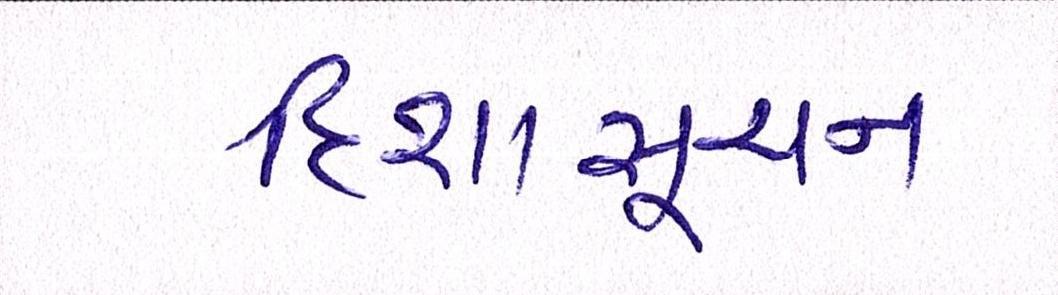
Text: દિશાસૂચન